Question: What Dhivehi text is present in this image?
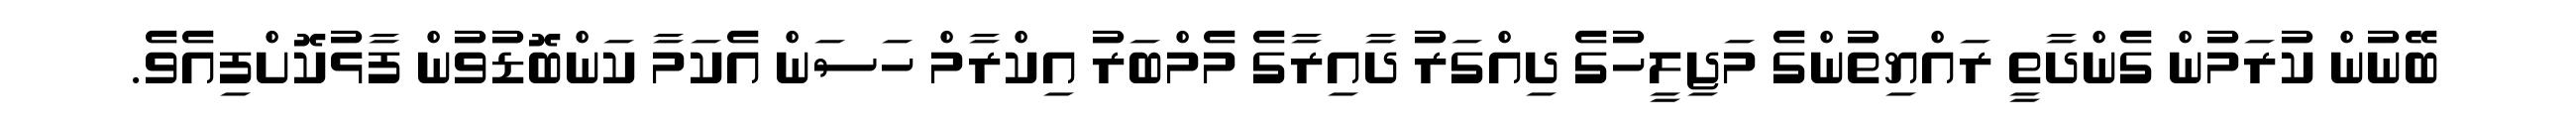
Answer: ބޭނުން ކުރަމުން ގެންދާތީ ރައްޔިތުންގެ މަޖިލީހުގެ ދިއްގަރު ދާއިރާގެ މެމްބަރު އިކްރާމް ހަސަން އެކަމާ ކަންބޮޑުވުން ފާޅުކޮށްފިއެވެ.